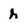
Character: h